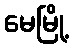
မေမြို့